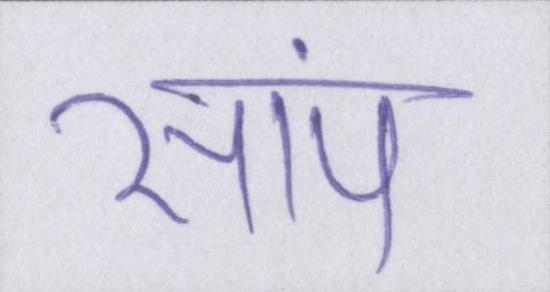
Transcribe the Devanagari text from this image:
सांप